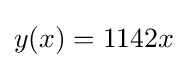
y(x)=1142x